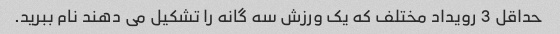
حداقل 3 رویداد مختلف که یک ورزش سه گانه را تشکیل می دهند نام ببرید.